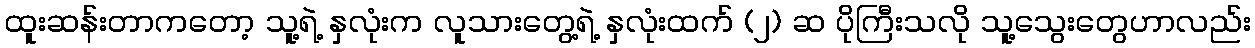
ထူးဆန်းတာကတော့ သူ့ရဲ့ နှလုံးက လူသားတွေ့ရဲ့ နှလုံးထက် (၂) ဆ ပိုကြီးသလို သူ့သွေးတွေဟာလည်း